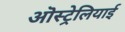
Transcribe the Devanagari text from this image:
ऒस्ट्रेलियाई